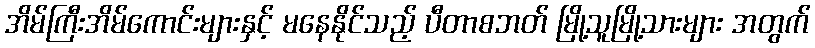
အိမ်ကြီးအိမ်ကောင်းများနှင့် မနေနိုင်သည့် ပီတာစဘတ် မြို့သူမြို့သားများ အတွက်